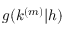
g ( k ^ { ( m ) } | h )